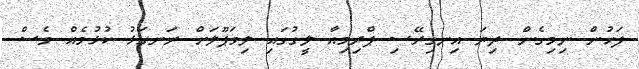
ފަހުންް ނިމިގެން ދިޔަ އިނގިރޭސި ޕްރިމިއާ ލީގުގައި ލިވަޕޫލަށް ރަނގަޅު ކުޅުމެއް ވެސް